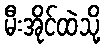
မီးအိုင်ထဲသို့